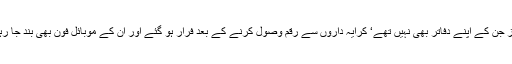
یہ ڈیلرز جن کے اپنے دفاتر بھی نہیں تھے‘ کرایہ داروں سے رقم وصول کرنے کے بعد فرار ہو گئے اور ان کے موبائل فون بھی بند جا رہے ہیں۔